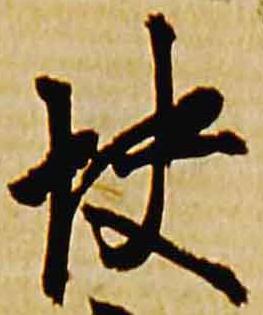
快